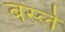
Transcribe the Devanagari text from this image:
बर्स्ले